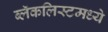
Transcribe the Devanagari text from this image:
ब्लॅकलिस्टमध्ये